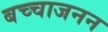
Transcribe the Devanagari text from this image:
बच्चाजनन